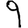
Digit: 9